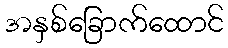
အနှစ်ခြောက်ထောင်